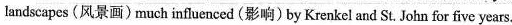
landscapes (风景画)much influenced(影响)by Krenkel and St. John for five years.